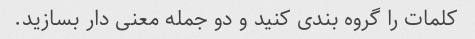
کلمات را گروه بندی کنید و دو جمله معنی دار بسازید.